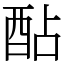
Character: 酟